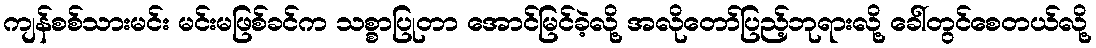
ကျန်စစ်သားမင်း မင်းမဖြစ်ခင်က သစ္စာပြုတာ အောင်မြင်ခဲ့လို့ အလိုတော်ပြည့်ဘုရားလို့ ခေါ်တွင်စေတယ်လို့